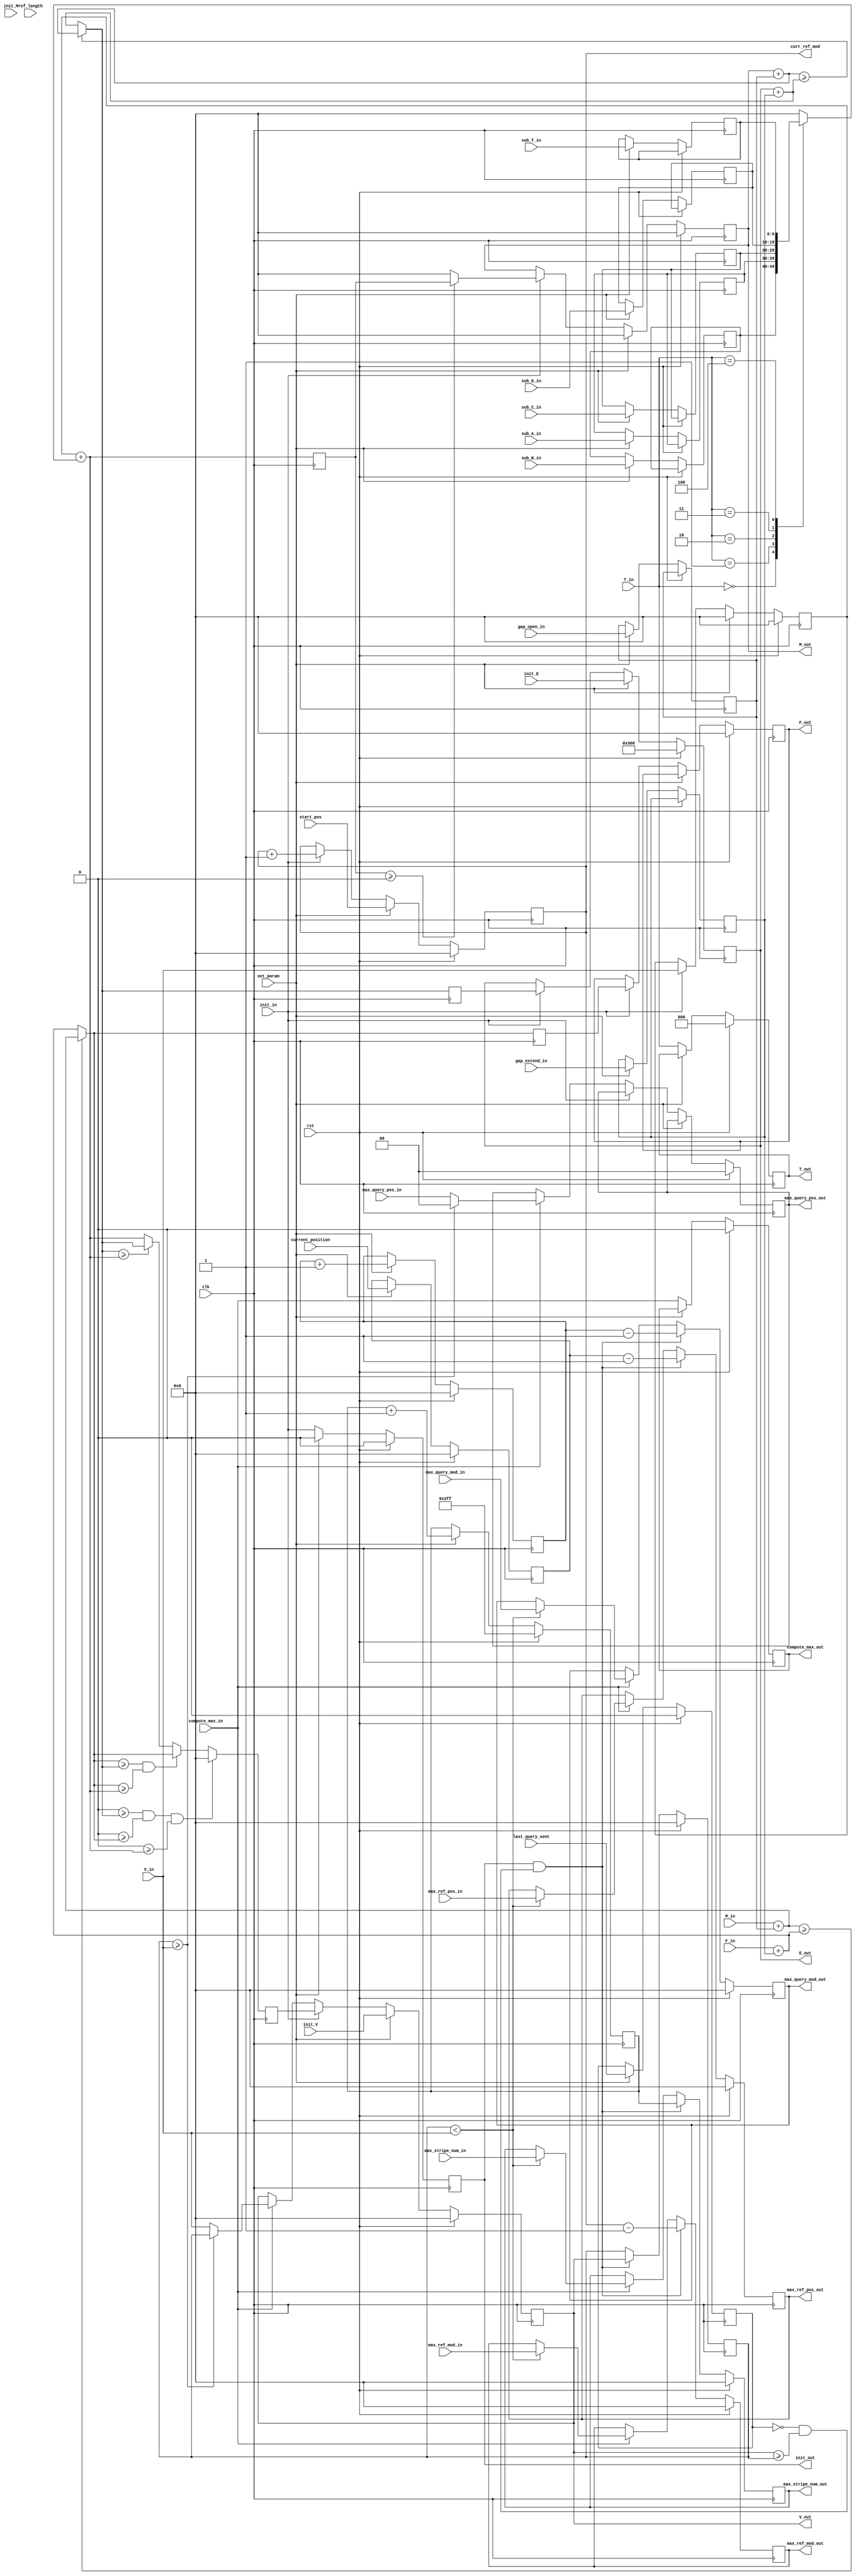
/*
MIT License

Copyright (c) 2019 Sneha D. Goenka, Yatish Turakhia, Gill Bejerano and William J. Dally

Permission is hereby granted, free of charge, to any person obtaining a copy
of this software and associated documentation files (the "Software"), to deal
in the Software without restriction, including without limitation the rights
to use, copy, modify, merge, publish, distribute, sublicense, and/or sell
copies of the Software, and to permit persons to whom the Software is
furnished to do so, subject to the following conditions:

The above copyright notice and this permission notice shall be included in all
copies or substantial portions of the Software.

THE SOFTWARE IS PROVIDED "AS IS", WITHOUT WARRANTY OF ANY KIND, EXPRESS OR
IMPLIED, INCLUDING BUT NOT LIMITED TO THE WARRANTIES OF MERCHANTABILITY,
FITNESS FOR A PARTICULAR PURPOSE AND NONINFRINGEMENT. IN NO EVENT SHALL THE
AUTHORS OR COPYRIGHT HOLDERS BE LIABLE FOR ANY CLAIM, DAMAGES OR OTHER
LIABILITY, WHETHER IN AN ACTION OF CONTRACT, TORT OR OTHERWISE, ARISING FROM,
OUT OF OR IN CONNECTION WITH THE SOFTWARE OR THE USE OR OTHER DEALINGS IN THE
SOFTWARE.
*/

/// V <-> H
// F <-> I
// E <-> D
//
module BSW_PE #(
    parameter WIDTH = 10,
    parameter REF_LEN_WIDTH = 10,
    parameter BT_BRAM_ADDR_WIDTH = 10,
    parameter QUERY_LEN_WIDTH = 10,
    parameter LOG_NUM_PE = 2,
    parameter PE_ID = 0
)(
    input  clk,                     // System clock
    input  rst,                     // System reset
    
    // Scoring parameters (basically separate indices of the parameter
    // calculated in Nt2Param
    input [WIDTH-1:0] sub_A_in,
    input [WIDTH-1:0] sub_C_in,
    input [WIDTH-1:0] sub_G_in,
    input [WIDTH-1:0] sub_T_in,
    input [WIDTH-1:0] sub_N_in,
    input [WIDTH-1:0] gap_open_in,
    input [WIDTH-1:0] gap_extend_in,
    input set_param,
    
    input  [WIDTH-1:0] V_in,        // Score from previous PE
    input  [WIDTH-1:0] M_in,        // match score from previous PE
    input  [WIDTH-1:0] F_in,        // Gap penalty of previous PE
    input  [2:0] T_in,              // Reference seq shift in
    input  init_in,                 // Computation active shift in
    input  [WIDTH-1:0] init_V,      // V initialization value
    input  [WIDTH-1:0] init_E,      // E initialization value
    input  [WIDTH-1:0] init_M,      // M initialization value
    
    input [BT_BRAM_ADDR_WIDTH-1:0] max_ref_pos_in,
    input [BT_BRAM_ADDR_WIDTH-1:0] max_ref_mod_in,
    input [QUERY_LEN_WIDTH-1:0] max_query_mod_in,
    input [QUERY_LEN_WIDTH-1:0] max_stripe_num_in,
    input [LOG_NUM_PE-1:0] max_query_pos_in,
    
    input last_query_sent,
    input compute_max_in,
    
    input [REF_LEN_WIDTH-1:0] start_pos,
    input [REF_LEN_WIDTH-1:0] ref_length,
    input [BT_BRAM_ADDR_WIDTH-1:0] current_position,

    output reg [BT_BRAM_ADDR_WIDTH-1:0] max_ref_pos_out,
    output reg [BT_BRAM_ADDR_WIDTH-1:0] max_ref_mod_out,
    output reg [LOG_NUM_PE-1:0] max_query_pos_out,
    output reg [QUERY_LEN_WIDTH-1:0] max_query_mod_out,
    output reg [QUERY_LEN_WIDTH-1:0] max_stripe_num_out,

    output reg compute_max_out,
    output wire [WIDTH-1:0] V_out,       // Score of this PE
    output wire [WIDTH-1:0] E_out,       // Left gap penalty of this cell
    output wire [WIDTH-1:0] F_out,       // Up Gap penalty of this cell
    output wire [WIDTH-1:0] M_out,       // Match score of this cell
    output wire [2:0] T_out,             // Reference seq shift out
    output wire init_out,                // Computation active shift out
    output reg [REF_LEN_WIDTH-1:0] curr_ref_mod
    );
    
    localparam ZERO=0, MATCH=3, VER=1, HOR=2;

    reg [2:0] T;
    reg signed [WIDTH-1:0] V_diag;
    reg signed [WIDTH-1:0] V;
    reg signed [WIDTH-1:0] M;
    reg signed [WIDTH-1:0] E;
    reg signed [WIDTH-1:0] F;
    reg signed [WIDTH-1:0] max_V;

    reg init;

    reg [BT_BRAM_ADDR_WIDTH-1:0] curr_ref_pos;
    reg [QUERY_LEN_WIDTH-1:0] stripe_num;
    reg [QUERY_LEN_WIDTH-1:0] curr_query_mod;

    reg signed [WIDTH-1:0] sub_A;
    reg signed [WIDTH-1:0] sub_C;
    reg signed [WIDTH-1:0] sub_G;
    reg signed [WIDTH-1:0] sub_T;
    reg signed [WIDTH-1:0] sub_N;
    reg signed [WIDTH-1:0] gap_open;
    reg signed [WIDTH-1:0] gap_extend;
    
    reg signed [WIDTH-1:0] V_gap_open;
    reg signed [WIDTH-1:0] E_gap_extend;
    reg signed [WIDTH-1:0] upV_gap_open;
    reg signed [WIDTH-1:0] upF_gap_extend;
    reg signed [WIDTH-1:0] match_score;
    reg signed [WIDTH-1:0] new_E;
    reg signed [WIDTH-1:0] new_M;
    reg signed [WIDTH-1:0] new_F;
    reg signed [WIDTH-1:0] new_V;
    reg signed [WIDTH-1:0] match_reward;

    reg stop_last_query_sent;

    assign V_out = V;
    assign M_out = M;
    assign E_out = E;
    assign F_out = F;
    assign T_out = T;
    assign init_out = init;
    
    always @(*) begin
        case ({T_in})//reference sequence base pair for reward calculation (W(r_i,q_j)) to calc match_score
            3'b000 : match_reward = sub_N;
            3'b001 : match_reward = sub_A;
            3'b010 : match_reward = sub_C;
            3'b011 : match_reward = sub_G;
            3'b100 : match_reward = sub_T;
            default : match_reward = 0;
        endcase
    end
    
    //Score calculation
    always @(posedge clk) begin

        //for D matrix
        V_gap_open = M + gap_open;
        E_gap_extend = E + gap_extend;
        
        //for I matrix
        upV_gap_open = M_in + gap_open;

        upF_gap_extend = F_in + gap_extend;
        
        //H(i-1,j-1)+W(r_i,q_j)
        match_score = V_diag + match_reward;          
            
        //D(i,j)
        if ($signed(V_gap_open) >= $signed(E_gap_extend)) begin
            new_E = V_gap_open;
        end
        else begin
            new_E = E_gap_extend;
        end
        
        //I(i,j)
        if ($signed(upV_gap_open) >= $signed(upF_gap_extend)) begin
            new_F = upV_gap_open;
        end
        else begin
            new_F = upF_gap_extend;
        end
   
        if (0 >= $signed(new_E) && 0 >= $signed(new_F) && 0 >= $signed(match_score)) begin
            new_V = 0;
        end
        else if ($signed(new_F) >= $signed(new_E) && $signed(new_F) >= $signed(match_score)) begin
            new_V = new_F;
        end
        else if ($signed(new_E) >= $signed(match_score)) begin
            new_V = new_E;
        end
        else begin
            new_V = match_score;
        end
    end

    always @(posedge clk) begin

        if (rst) begin
            max_ref_pos_out <= 0;
            max_ref_mod_out <= 0;
            max_query_mod_out <= 0;
            max_V <= 0;
            max_stripe_num_out <= 0;
        end

        //current PE computes the last cell, init - registered value of init_in,
        else if ((init == 1'b1) && ((stop_last_query_sent==0 && V >= max_V))) begin
            max_ref_pos_out <= curr_ref_pos - 1;
            max_ref_mod_out <= curr_ref_mod - 1;
            max_query_mod_out <= curr_query_mod - 1;
            max_V <= V;
            max_stripe_num_out <= stripe_num;
        end

        //compute_max_in - start sending the max in systolic fashion, each PE
        //compares the max_V to its own max and sends the final value outside
        else if (compute_max_in) begin
            if (max_V < V_in) begin
                max_ref_pos_out <= max_ref_pos_in;
                max_ref_mod_out <= max_ref_mod_in;
                max_query_mod_out <= max_query_mod_in;
                max_stripe_num_out <= max_stripe_num_in;
            end
        end
    end

    always @(posedge clk) begin
        //reset/initialize variable
        if (rst) begin
            T <= 0;
            V_diag <= 0;
            M <= 0;
            V <= 0;
            E <= (2'b11 << (WIDTH-2));
            F <= 0;
            init <= 0;
            curr_ref_pos <= 0;
            curr_ref_mod <= 0;
            curr_query_mod <= 0;
            max_query_pos_out <= PE_ID;
            compute_max_out <= 0;
            stripe_num <= -1;
            stop_last_query_sent <= 0;
        //set the parameters
        end 
        else if (set_param) begin
            sub_A <= sub_A_in;
            sub_C <= sub_C_in;
            sub_G <= sub_G_in;
            sub_T <= sub_T_in;
            sub_N <= sub_N_in;
            gap_open <= gap_open_in;
            gap_extend <= gap_extend_in;
            init <= 0; 
            curr_ref_pos <= current_position;
            curr_ref_mod <= start_pos;
            curr_query_mod <= curr_query_mod + 1;
            V <= init_V;
            E <= init_E;
            M <= 0;
            stop_last_query_sent <= last_query_sent;
            stripe_num <= stripe_num +1;
            V_diag <= 0;

        //actual calculation
        end 
        else begin
            init <= init_in;
            T <= T_in;
            compute_max_out <= compute_max_in;
           
            //init_in refers to the valid signal that the previous PE has
            //completed the computation and the input to the current PE can now
            //be used
            if (init_in) begin
                E <= new_E;
                F <= new_F;
                M <= ($signed(match_score) >= 0) ? match_score :0;
                V_diag <= V_in;
                V <= new_V;
                curr_ref_mod <= curr_ref_mod + 1;
            end 
            else if (compute_max_in) begin
                //if the current PE holds a value of V greater than the V sent by the
                //previous PE
                if (max_V >= V_in) begin
                    V <= max_V;
                    max_query_pos_out <= PE_ID;
                end

                //bypass if the current PE max value is less than the previous
                //PE max_V
                else begin
                    max_query_pos_out <= max_query_pos_in;
                    V <= V_in; 
                end
            end 
        end
    end
endmodule